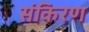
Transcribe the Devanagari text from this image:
संकिरण